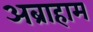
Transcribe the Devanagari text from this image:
अब्राहाम